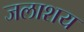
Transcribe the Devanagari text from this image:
जलाश्‍ाय